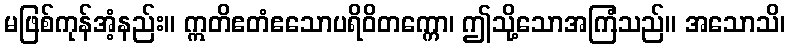
မဖြစ်ကုန်အံ့နည်း။ ဣတိဧတံဧသောပရိဝိတက္ကော၊ ဤသို့သောအကြံသည်။ အသောသိ၊